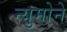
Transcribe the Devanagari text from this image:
न्युमोने